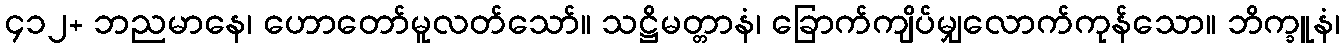
၄၁၂+ ဘညမာနေ၊ ဟောတော်မူလတ်သော်။ သဋ္ဌိမတ္တာနံ၊ ခြောက်ကျိပ်မျှလောက်ကုန်သော။ ဘိက္ခူနံ၊